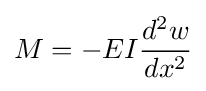
M=-EI{\frac {d^{2}w}{dx^{2}}}